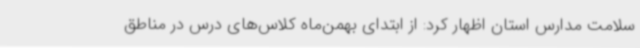
سلامت مدارس استان اظهار کرد: از ابتدای بهمن‌ماه کلاس‌های درس در مناطق